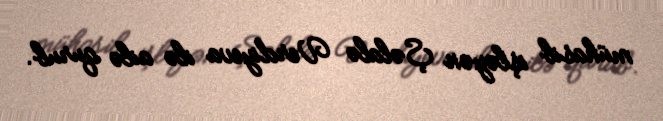
mühasib işləyən Şəlalə Verdiyeva ilə ailə qurub.